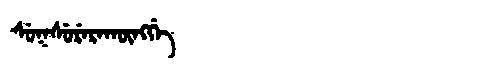
Manchu: ᠰᡠᡴᠰᡠᡵᡝᡵᠠᡴᡡᠩᡤᡝ
Romanization: SUKSURERAKŪNGGE